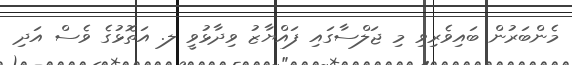
މެންބަރުން ބައިވެރިވި މި ޖަލްސާގައި ފައްޔާޒު ވިދާޅުވީ ލ. އަތޮޅުގެ ވެސް އަދި